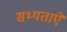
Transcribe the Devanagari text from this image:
सभ्यताऐं